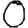
Digit: 0